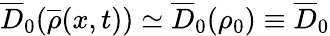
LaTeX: \overline{{D}}_{0}(\overline{{\rho}}(x,t))\simeq\overline{{D}}_{0}(\rho_{0})\equiv\overline{{D}}_{0}